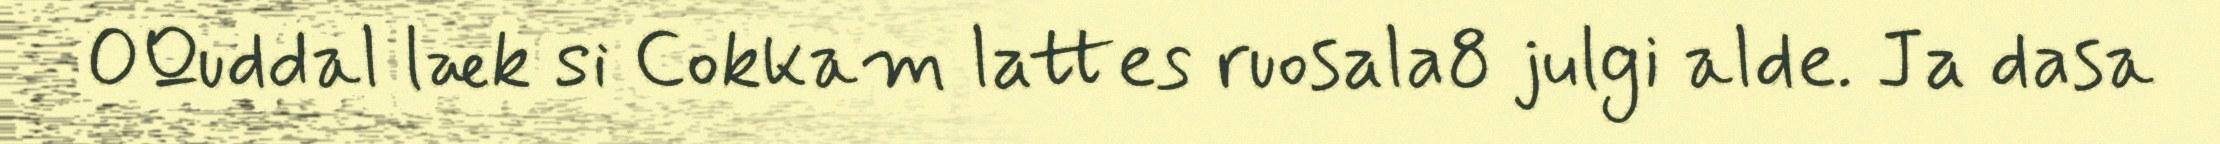
OQuddal læk si Cokkam lattes ruosala8 julgi alde. Ja dasa